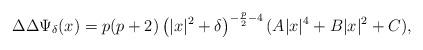
LaTeX: \begin{align*}\Delta\Delta\Psi_\delta(x) = p(p+2)\left(|x|^2+\delta\right)^{-\frac{p}{2}-4}(A|x|^4+B|x|^2+C),\end{align*}